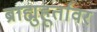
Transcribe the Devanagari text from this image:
ब्राह्मुहूर्तावर